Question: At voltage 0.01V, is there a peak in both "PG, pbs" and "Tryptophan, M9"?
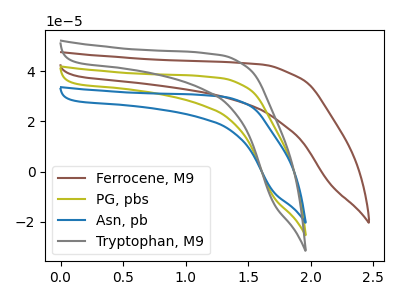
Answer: <think>The brown curve "Ferrocene, M9" has no peaks. The olive curve "PG, pbs" has no peaks. The blue curve "Asn, pb" has no peaks. The gray curve "Tryptophan, M9" has no peaks.</think>
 <answer>No, "PG, pbs" and "Tryptophan, M9" dont share a peak at 0.01V.</answer>
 <eval>mismatch</eval>